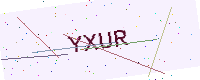
Text: YXUR